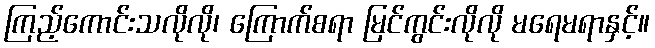
ကြည့်ကောင်းသလိုလို၊ ကြောက်စရာ မြင်ကွင်းလိုလို မရေမရာနှင့်။